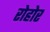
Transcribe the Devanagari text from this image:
रोहोर